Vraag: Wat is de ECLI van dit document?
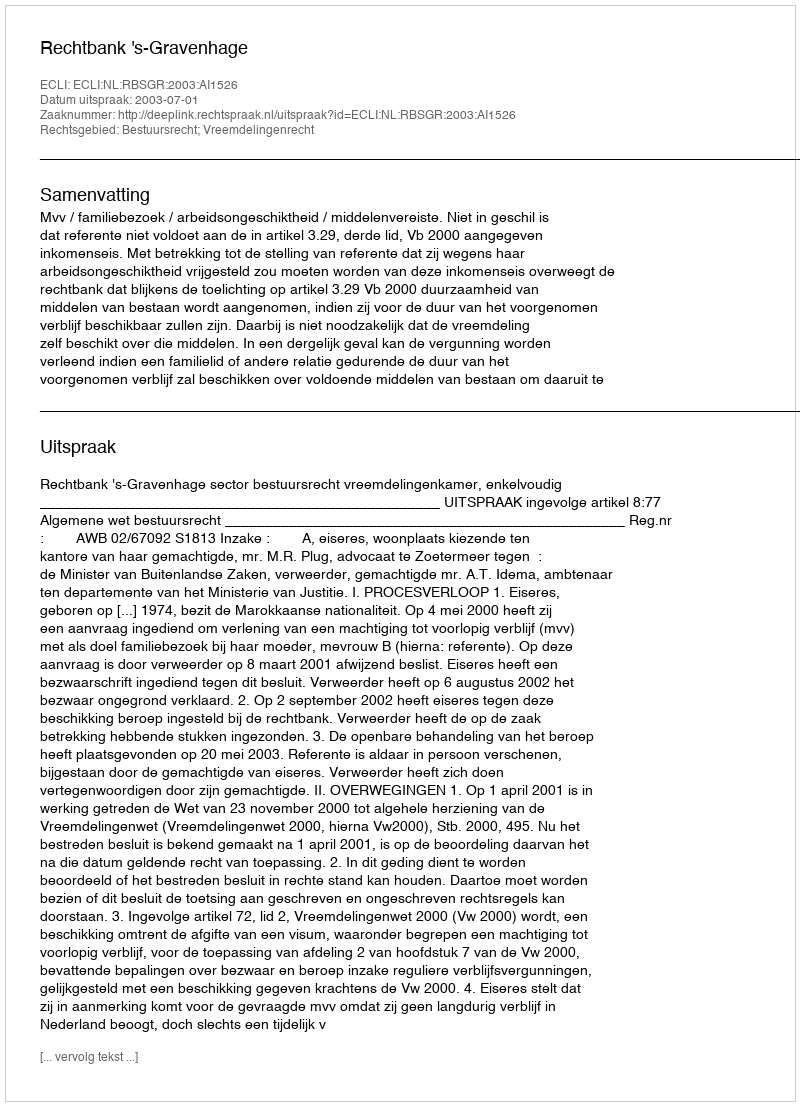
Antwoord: ECLI:NL:RBSGR:2003:AI1526